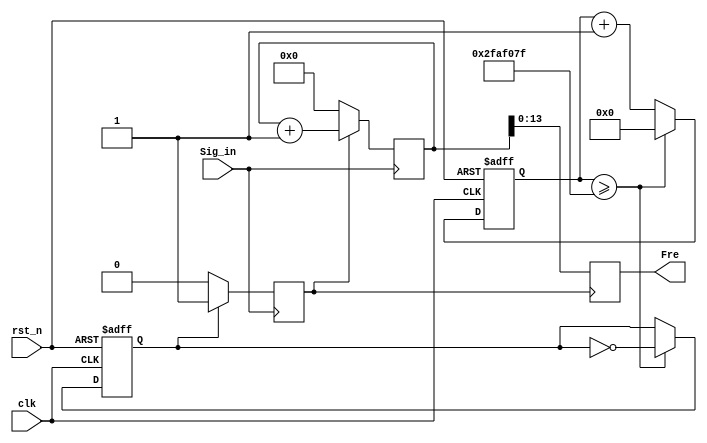

module  FreMeasure(  
    input                           clk,  
    input                           rst_n,  //low active
    input                           Sig_in,  
    output              [13:0] Fre  
);  
parameter T_1s = 28'd49_999_999;  
/***********????**********///??????????????2??????????????????????????  
reg [27:0]  TCount;  
always @ (posedge clk or negedge rst_n)  
    if(!rst_n)  
        TCount <= 28'd0;  
    else if(TCount >= T_1s)  
        TCount <= 'd0;  
    else  
        TCount <= TCount + 1'b1;  
  
reg TCountCnt;  
always @ (posedge clk or negedge rst_n)  
    if(!rst_n)  
        TCountCnt <= 1'b0;  
    else if(TCount >= T_1s)  
        TCountCnt <= ~TCountCnt;  
          
/***********????************/  
reg startCnt;  
always @ (posedge Sig_in)  
    if(TCountCnt == 1'b1)  
        startCnt <= 1'b1;  
    else  
        startCnt <= 1'b0;  
  
/************????????************/  
reg [31:0]  SigTemp;  
always @ (negedge Sig_in)  
    if(startCnt == 1'b1)  
        SigTemp <= SigTemp + 1'b1;  
    else  
        SigTemp <= 'd0;  
/***************????***********/  
reg [13:0]  FreOut;  //32bit  9999--> 14bit
always @ (negedge startCnt)  
    FreOut <= SigTemp;  
      
      
assign  Fre = FreOut;     
endmodule